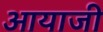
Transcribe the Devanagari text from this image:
आयाजी